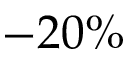
- 2 0 \%